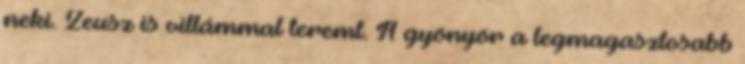
neki. Zeusz is villámmal teremt. A gyönyör a legmagasztosabb